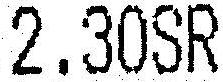
2.30SR